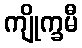
ကျိုက္ခမီ